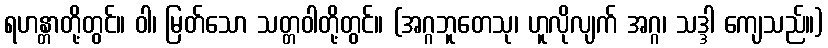
ရဟန္တာတို့တွင်။ ဝါ၊ မြတ်သော သတ္တဝါတို့တွင်။ (အဂ္ဂဘူတေသု၊ ဟူလိုလျက် အဂ္ဂ၊ သဒ္ဒါ ကျေသည်။)